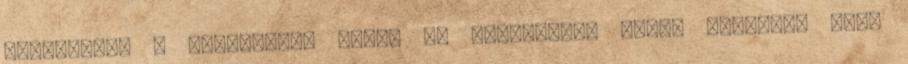
meglátszik a leheletem. Hideg az ablaküveg, ahogy homlokom neki